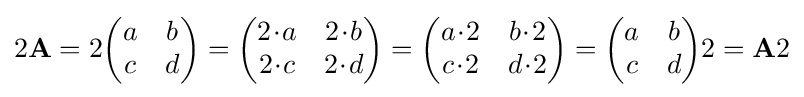
2\mathbf {A} =2{\begin{pmatrix}a&b\\c&d\\\end{pmatrix}}={\begin{pmatrix}2\!\cdot \!a&2\!\cdot \!b\\2\!\cdot \!c&2\!\cdot \!d\\\end{pmatrix}}={\begin{pmatrix}a\!\cdot \!2&b\!\cdot \!2\\c\!\cdot \!2&d\!\cdot \!2\\\end{pmatrix}}={\begin{pmatrix}a&b\\c&d\\\end{pmatrix}}2=\mathbf {A} 2